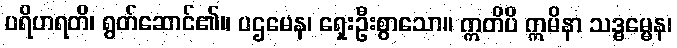
ပရိဟရတိ၊ ရွတ်ဆောင်၏။ ပဌမေန၊ ရှေးဦးစွာသော။ ဣတိပိ ဣမိနာ သဒ္ဓမ္မေန၊